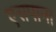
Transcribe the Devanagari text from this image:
एसपाना